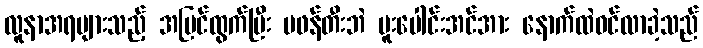
လူနာအရများသည့် အပြင်ထွက်ပြီး မဖန်တီးဘဲ ပူးပေါင်းအင်အား နောက်ထဲဝင်လာခဲ့သည်